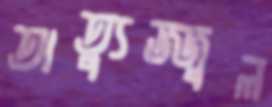
অত্যুজ্জ্বল